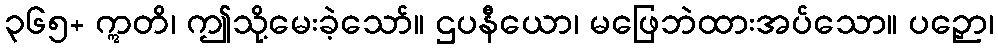
၃၆၅+ ဣတိ၊ ဤသို့မေးခဲ့သော်။ ဌပနီယော၊ မဖြေဘဲထားအပ်သော။ ပဉှော၊